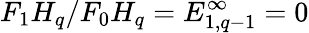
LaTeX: F_{1}H_{q}/F_{0}H_{q}=E_{1,q-1}^{\infty}=0